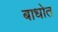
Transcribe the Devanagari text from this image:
बाधोत